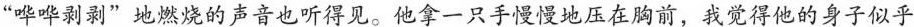
“哗哗剥剥”地燃烧的声音也听得见。他拿一只手慢慢地压在胸前，我觉得他的身子似乎